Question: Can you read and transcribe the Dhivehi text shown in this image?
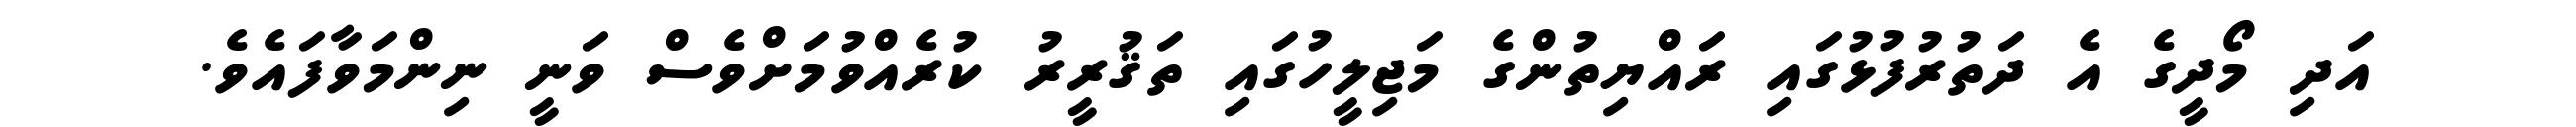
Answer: އަދި މޯދީގެ އެ ދަތުރުފުޅުގައި ރައްޔިތުންގެ މަޖިލީހުގައި ތަޤުރީރު ކުރެއްވުމަށްވެސް ވަނީ ނިންމަވާފައެވެ.